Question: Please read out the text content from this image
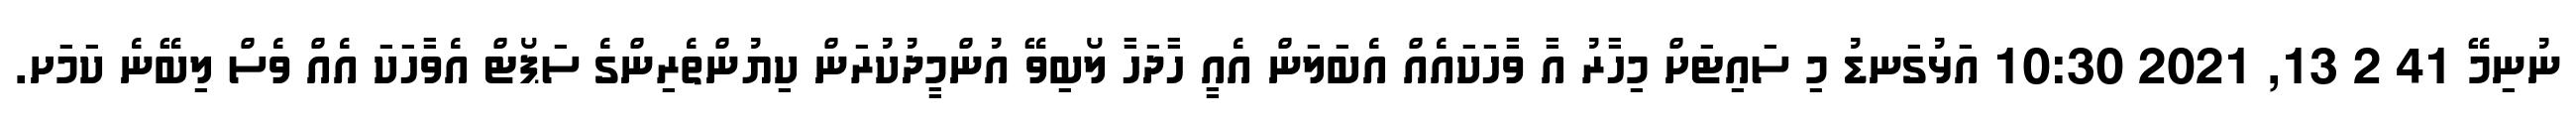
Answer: ނުނިމޭ 41 2 13, 2021 10:30 އަޅުގަނޑު މި ސައިޓަށް މިހާރު އާ ވާހަކައެއް އެބަލަން އެއީ ހާދަހާ ލޯބިވޭ އުންމީދުކުރަން ކިޔުންތެރިންގެ ސަޕޯޓް އެވާހަކަ އެއް ވެސް ލިބޭނެ ކަމަށ.